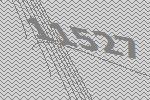
11527